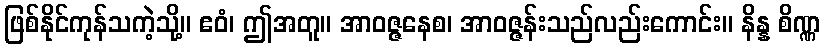
ဖြစ်နိုင်ကုန်သကဲ့သို့။ ဧဝံ၊ ဤအတူ။ အာဝဇ္ဇနေစ၊ အာဝဇ္ဇန်းသည်လည်းကောင်း။ နိန္န စိဏ္ဏ